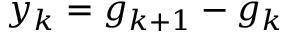
y _ { k } = g _ { k + 1 } - g _ { k }